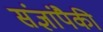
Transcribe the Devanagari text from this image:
संज्ञांपैकी